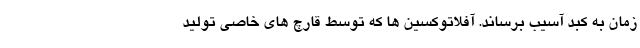
زمان به کبد آسیب برساند. آفلاتوکسین ها که توسط قارچ های خاصی تولید